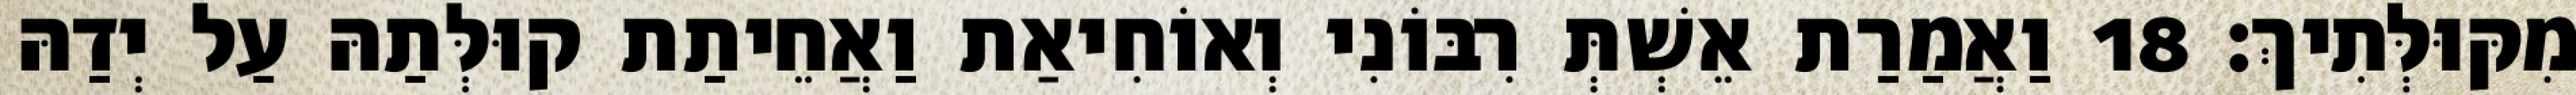
מִקּוּלְּתִיךְ׃ 18 וַאֲמַרַת אֵשְׁתְּ רִבּוֹנִי וְאוֹחִיאַת וַאֲחֵיתַת קוּלְּתַהּ עַל יְדַהּ